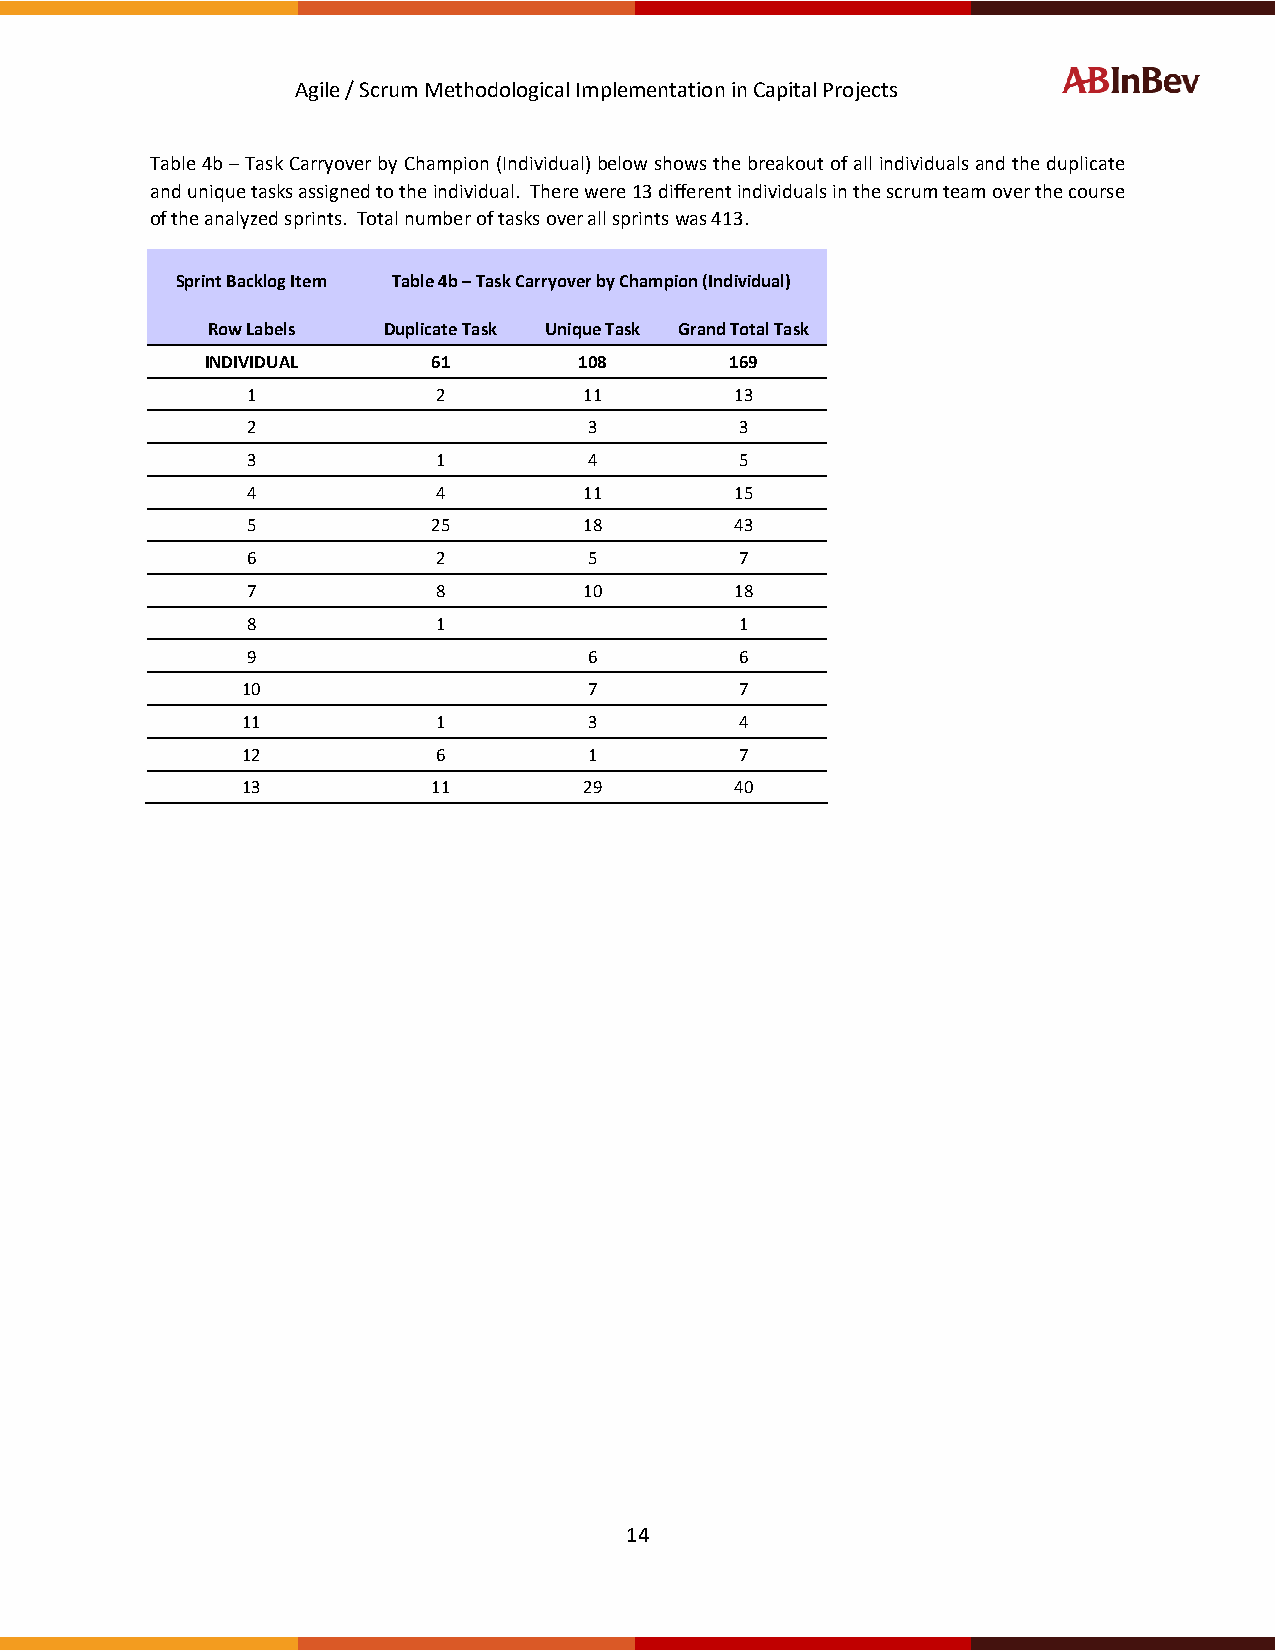
Agile / Scrum Methodological Implementation in Capital Projects
 Table 4b – Task Carryover by Champion (Individual) below shows the breakout of all individuals and the duplicate
 and unique tasks assigned to the individual. There were 13 different individuals in the scrum team over the course
 of the analyzed sprints. Total number of tasks over all sprints was 413.
 Sprint Backlog Item Table 4b – Task Carryover by Champion (Individual)
 Row Labels Duplicate Task Unique Task Grand Total Task
 INDIVIDUAL     61       108       169
 1            2         11        13
 2                      3         3
 3            1         4         5
 4            4         11        15
 5            25        18        43
 6            2         5         7
 7            8         10        18
 8            1                   1
 9                      6         6
 10                     7         7
 11           1         3         4
 12           6         1         7
 13           11        29        40
 14